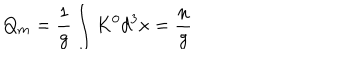
Q _ { m } = \frac { 1 } { g } \int K ^ { 0 } d ^ { 3 } x = \frac { n } { g }